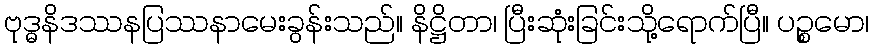
ဗုဒ္ဓနိဒဿနပြဿနာမေးခွန်းသည်။ နိဋ္ဌိတာ၊ ပြီးဆုံးခြင်းသို့ရောက်ပြီ။ ပဉ္စမော၊